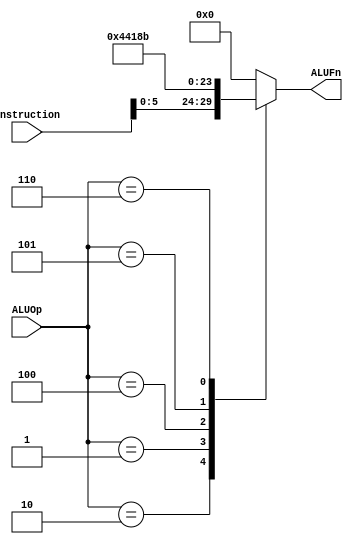


`timescale 1ns / 1ps

module alu_control(
    input      [31:0] instruction,
    input      [2:0]  ALUOp,
    output reg [5:0]  ALUFn
);

always @(*)
begin
    case (ALUOp)
        3'b010: ALUFn = instruction[5:0];
        3'b000: ALUFn = 6'b000000;
        3'b001: ALUFn = 6'b000001;
        3'b011: ALUFn = 6'b000000;
        3'b100: ALUFn = 6'b000100;
        3'b101: ALUFn = 6'b000110;
        3'b110: ALUFn = 6'b001011;
        default: ALUFn = 6'b000000; // Default case to avoid latches
    endcase
end

endmodule